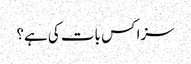
سزا کس بات کی ہے؟